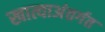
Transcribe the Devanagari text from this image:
खात्याअंतर्गत